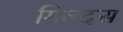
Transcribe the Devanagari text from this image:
गिल्दस